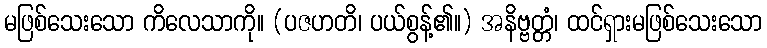
မဖြစ်သေးသော ကိလေသာကို။ (ပဇဟတိ၊ ပယ်စွန့်၏။) အနိဗ္ဗတ္တံ၊ ထင်ရှားမဖြစ်သေးသော